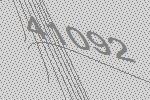
41092